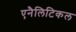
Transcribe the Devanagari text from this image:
एनैलिटिकल